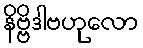
နိဗ္ဗိဒါဗဟုလော